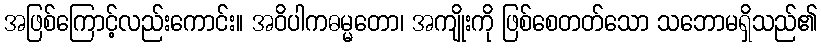
အဖြစ်ကြောင့်လည်းကောင်း။ အဝိပါကဓမ္မတော၊ အကျိုးကို ဖြစ်စေတတ်သော သဘောမရှိသည်၏